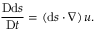
{ \frac { \mathrm { D } \mathrm { d } { \boldsymbol { s } } } { \mathrm { D } t } } = \left( \mathrm { d } { \boldsymbol { s } } \cdot { \boldsymbol { \nabla } } \right) { \boldsymbol { u } } .